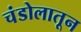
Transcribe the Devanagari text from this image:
चंडोलातून